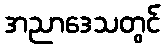
အညာဒေသတွင်